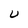
Character: U